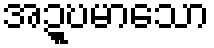
အဍ္ဎမာသော